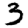
Digit: 3